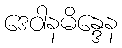
ဒေဝါနမိန္ဒေန